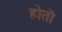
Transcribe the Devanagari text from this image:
होतॊ